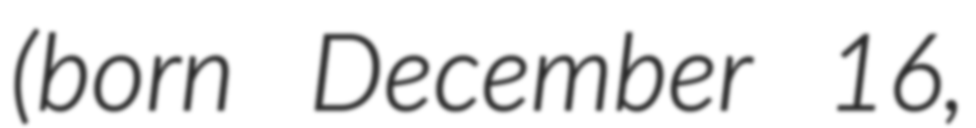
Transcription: (born December 16,